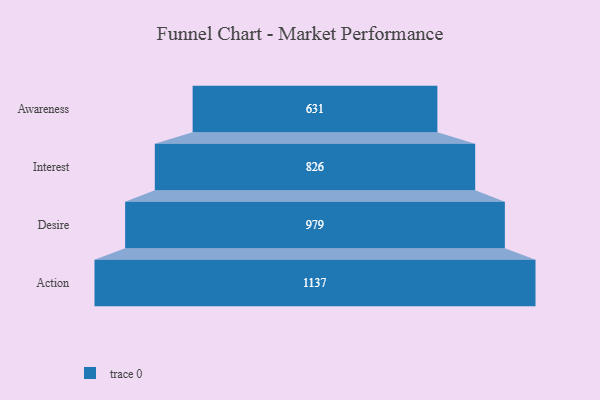
{"axis": {"x": "Stage", "y": "Value"}, "legend": [""], "data": [{"x": "Awareness", "y": 631.0, "type": ""}, {"x": "Interest", "y": 826.0, "type": ""}, {"x": "Desire", "y": 979.0, "type": ""}, {"x": "Action", "y": 1137.0, "type": ""}]}